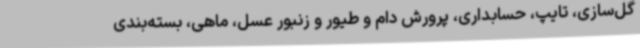
گل‌سازی، تایپ، حسابداری، پرورش دام و طیور و زنبور عسل، ماهی، بسته‌بندی